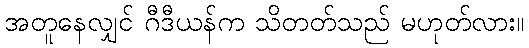
အတူနေလျှင် ဂီဒီယန်က သိတတ်သည် မဟုတ်လား။